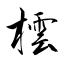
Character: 橒